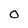
Character: O